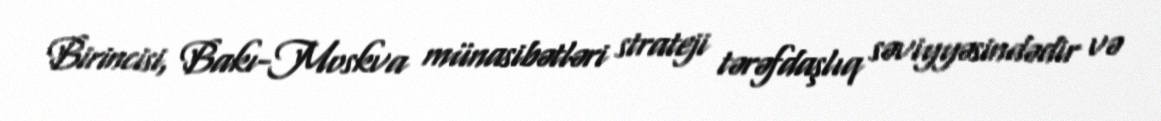
Birincisi, Bakı-Moskva münasibətləri strateji tərəfdaşlıq səviyyəsindədir və